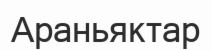
Араньяктар